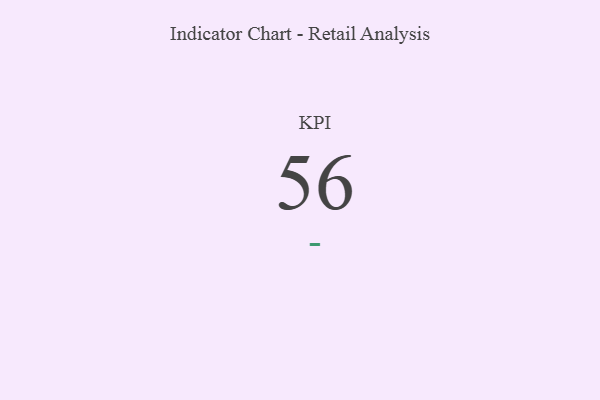
{"axis": {"x": "KPI", "y": "Value"}, "legend": [""], "data": [{"x": "KPI", "y": 56, "type": ""}]}